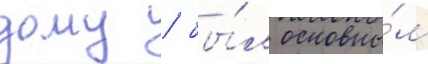
дому / бы́л основны́м